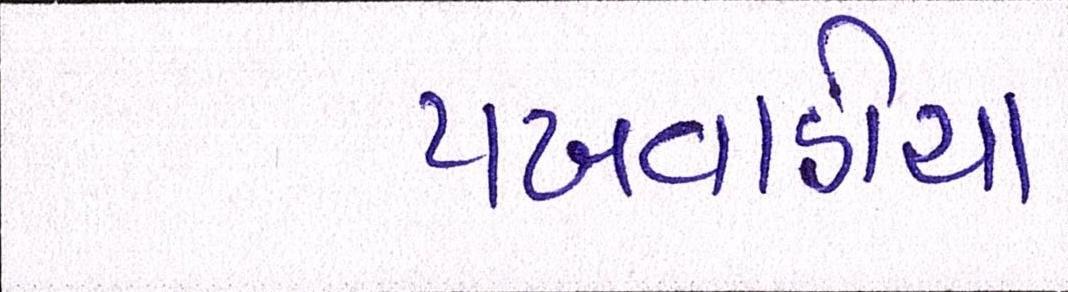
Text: પખવાડીયા